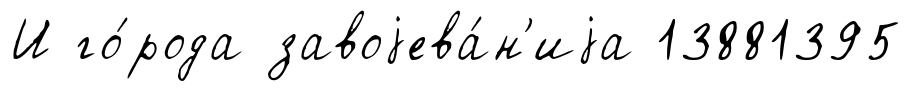
И го́рода завоjева́н'иjа 13881395